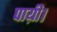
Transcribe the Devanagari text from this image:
पाय़ी।